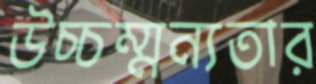
উচ্চম্মন্যতার